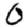
Digit: 0